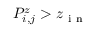
P _ { i , j } ^ { z } > z _ { \mathrm { ~ i ~ n ~ } }